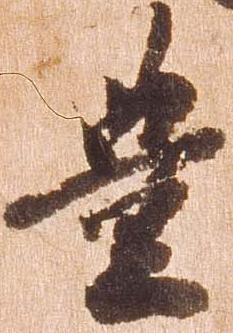
豊